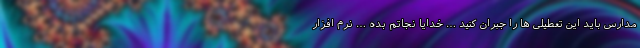
مدارس باید این تعطیلی ها را جبران کنید … خدایا نجاتم بده … نرم افزار